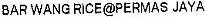
BAR WANG RICE@PERMAS JAYA